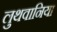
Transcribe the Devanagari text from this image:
लुथवानिया